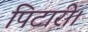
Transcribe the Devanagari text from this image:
पिटारी।